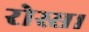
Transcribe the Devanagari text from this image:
रोस्स।